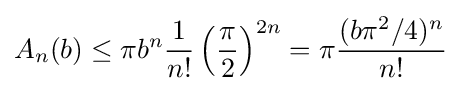
A_{n}(b)\leq \pi b^{n}{\frac {1}{n!}}\left({\frac {\pi }{2}}\right)^{2n}=\pi {\frac {(b\pi ^{2}/4)^{n}}{n!}}